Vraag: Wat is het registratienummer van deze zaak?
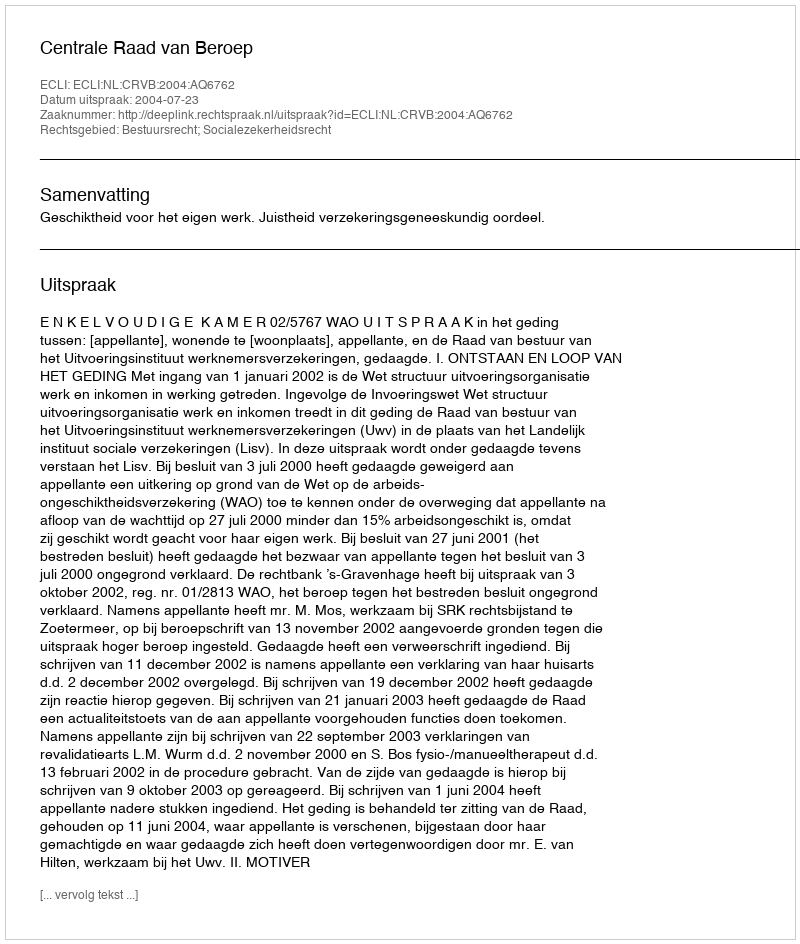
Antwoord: http://deeplink.rechtspraak.nl/uitspraak?id=ECLI:NL:CRVB:2004:AQ6762